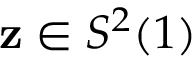
\mathbf { z } \in S ^ { 2 } ( 1 )